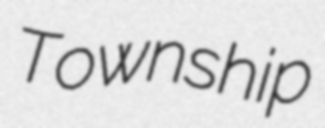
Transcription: Township